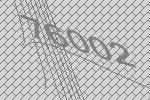
76002